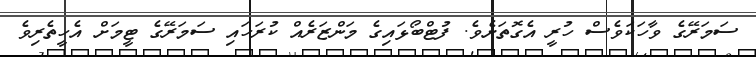
ސަމަރޭގެ ވާހަކަވެސް ހުރީ އެގޮތަށެވެ. ފުޓްބޯޅައިގެ މަންޒަރެއް ކުރަހައި ސަމަރޭގެ ޓީމަށް އެހީތެރިވެ